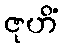
ဇုဟိံ